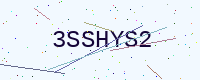
Text: 3SSHYS2